Indian journal of veterinary science and animal husbandry - Volume 5,
Year: 1935
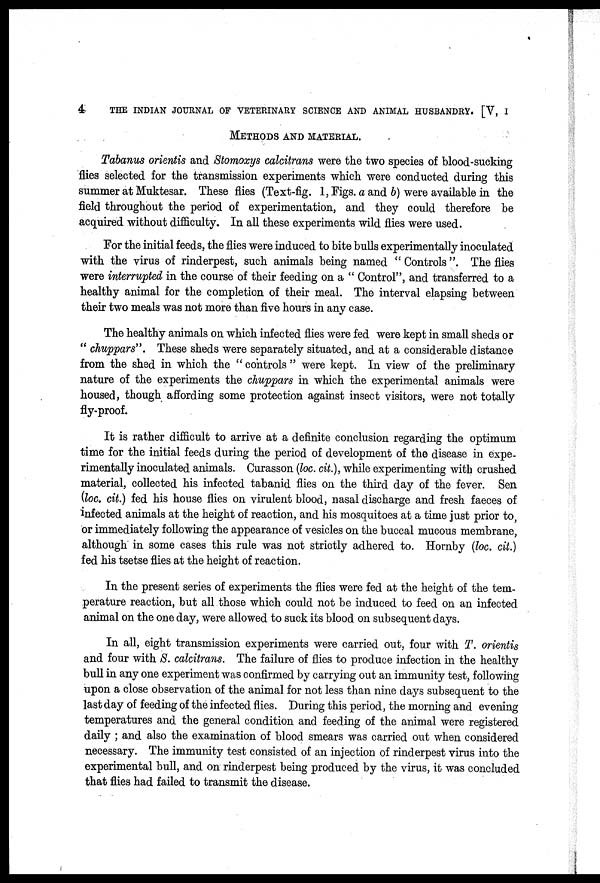
4
THE INDIAN JOURNAL OF VETERINARY SCIENCE AND ANIMAL HUSBANDRY. [V, I
METHODS AND MATERIAL.
Tabanus orientis and Stomoxys calcitrans were the two species of blood-sucking
flies selected for the transmission experiments which were conducted during this
summer at Muktesar. These flies (Text-fig. 1, Figs. a and b) were available in the
field throughout the period of experimentation, and they could therefore be
acquired without difficulty. In all these experiments wild flies were used.
For the initial feeds, the flies were induced to bite bulls experimentally inoculated
with the virus of rinderpest, such animals being named " Controls ". The flies
were interrupted in the course of their feeding on a " Control", and transferred to a
healthy animal for the completion of their meal. The interval elapsing between
their two meals was not more than five hours in any case.
The healthy animals on which infected flies were fed were kept in small sheds or
" chuppars". These sheds were separately situated, and at a considerable distance
from the shed in which the " controls " were kept. In view of the preliminary
nature of the experiments the chuppars in which the experimental animals were
housed, though affording some protection against insect visitors, were not totally
fly-proof.
It is rather difficult to arrive at a definite conclusion regarding the optimum
time for the initial feeds during the period of development of the disease in expe-
rimentally inoculated animals. Curasson (loc. cit.), while experimenting with crushed
material, collected his infected tabanid flies on the third day of the fever. Sen
(loc. cit.) fed his house flies on virulent blood, nasal discharge and fresh faeces of
infected animals at the height of reaction, and his mosquitoes at a time just prior to,
or immediately following the appearance of vesicles on the buccal mucous membrane,
although in some cases this rule was not strictly adhered to. Hornby (loc. cit.)
fed his tsetse flies at the height of reaction.
In the present series of experiments the flies were fed at the height of the tem-
perature reaction, but all those which could not be induced to feed on an infected
animal on the one day, were allowed to suck its blood on subsequent days.
In all, eight transmission experiments were carried out, four with T. orientis
and four with S. calcitrans. The failure of flies to produce infection in the healthy
bull in any one experiment was confirmed by carrying out an immunity test, following
upon a close observation of the animal for not less than nine days subsequent to the
last day of feeding of the infected flies. During this period, the morning and evening
temperatures and the general condition and feeding of the animal were registered
daily ; and also the examination of blood smears was carried out when considered
necessary. The immunity test consisted of an injection of rinderpest virus into the
experimental bull, and on rinderpest being produced by the virus, it was concluded
that flies had failed to transmit the disease.